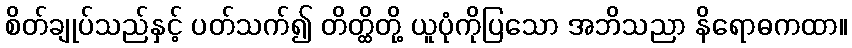
စိတ်ချုပ်သည်နှင့် ပတ်သက်၍ တိတ္ထိတို့ ယူပုံကိုပြသော အဘိသညာ နိရောဓကထာ။